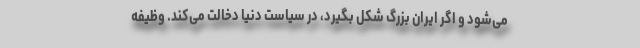
می‌شود و اگر ایران بزرگ شکل بگیرد، در سیاست دنیا دخالت می‌کند. وظیفه